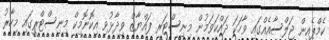
ކެމްޕެއިން ޖަލްސާއެއްގައި ވާހަކަ ދައްކަވަމުން މިނިސްޓަރ ފައްޔާޒް ވިދާޅުވި އިކޮނޮމިކް މިނިސްޓްރީގައި މިހާރު